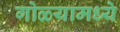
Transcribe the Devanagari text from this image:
गोळ्यामध्ये